38_143685_box7_Incident_Summaries_1-100
Agency: Department of War
Page 117
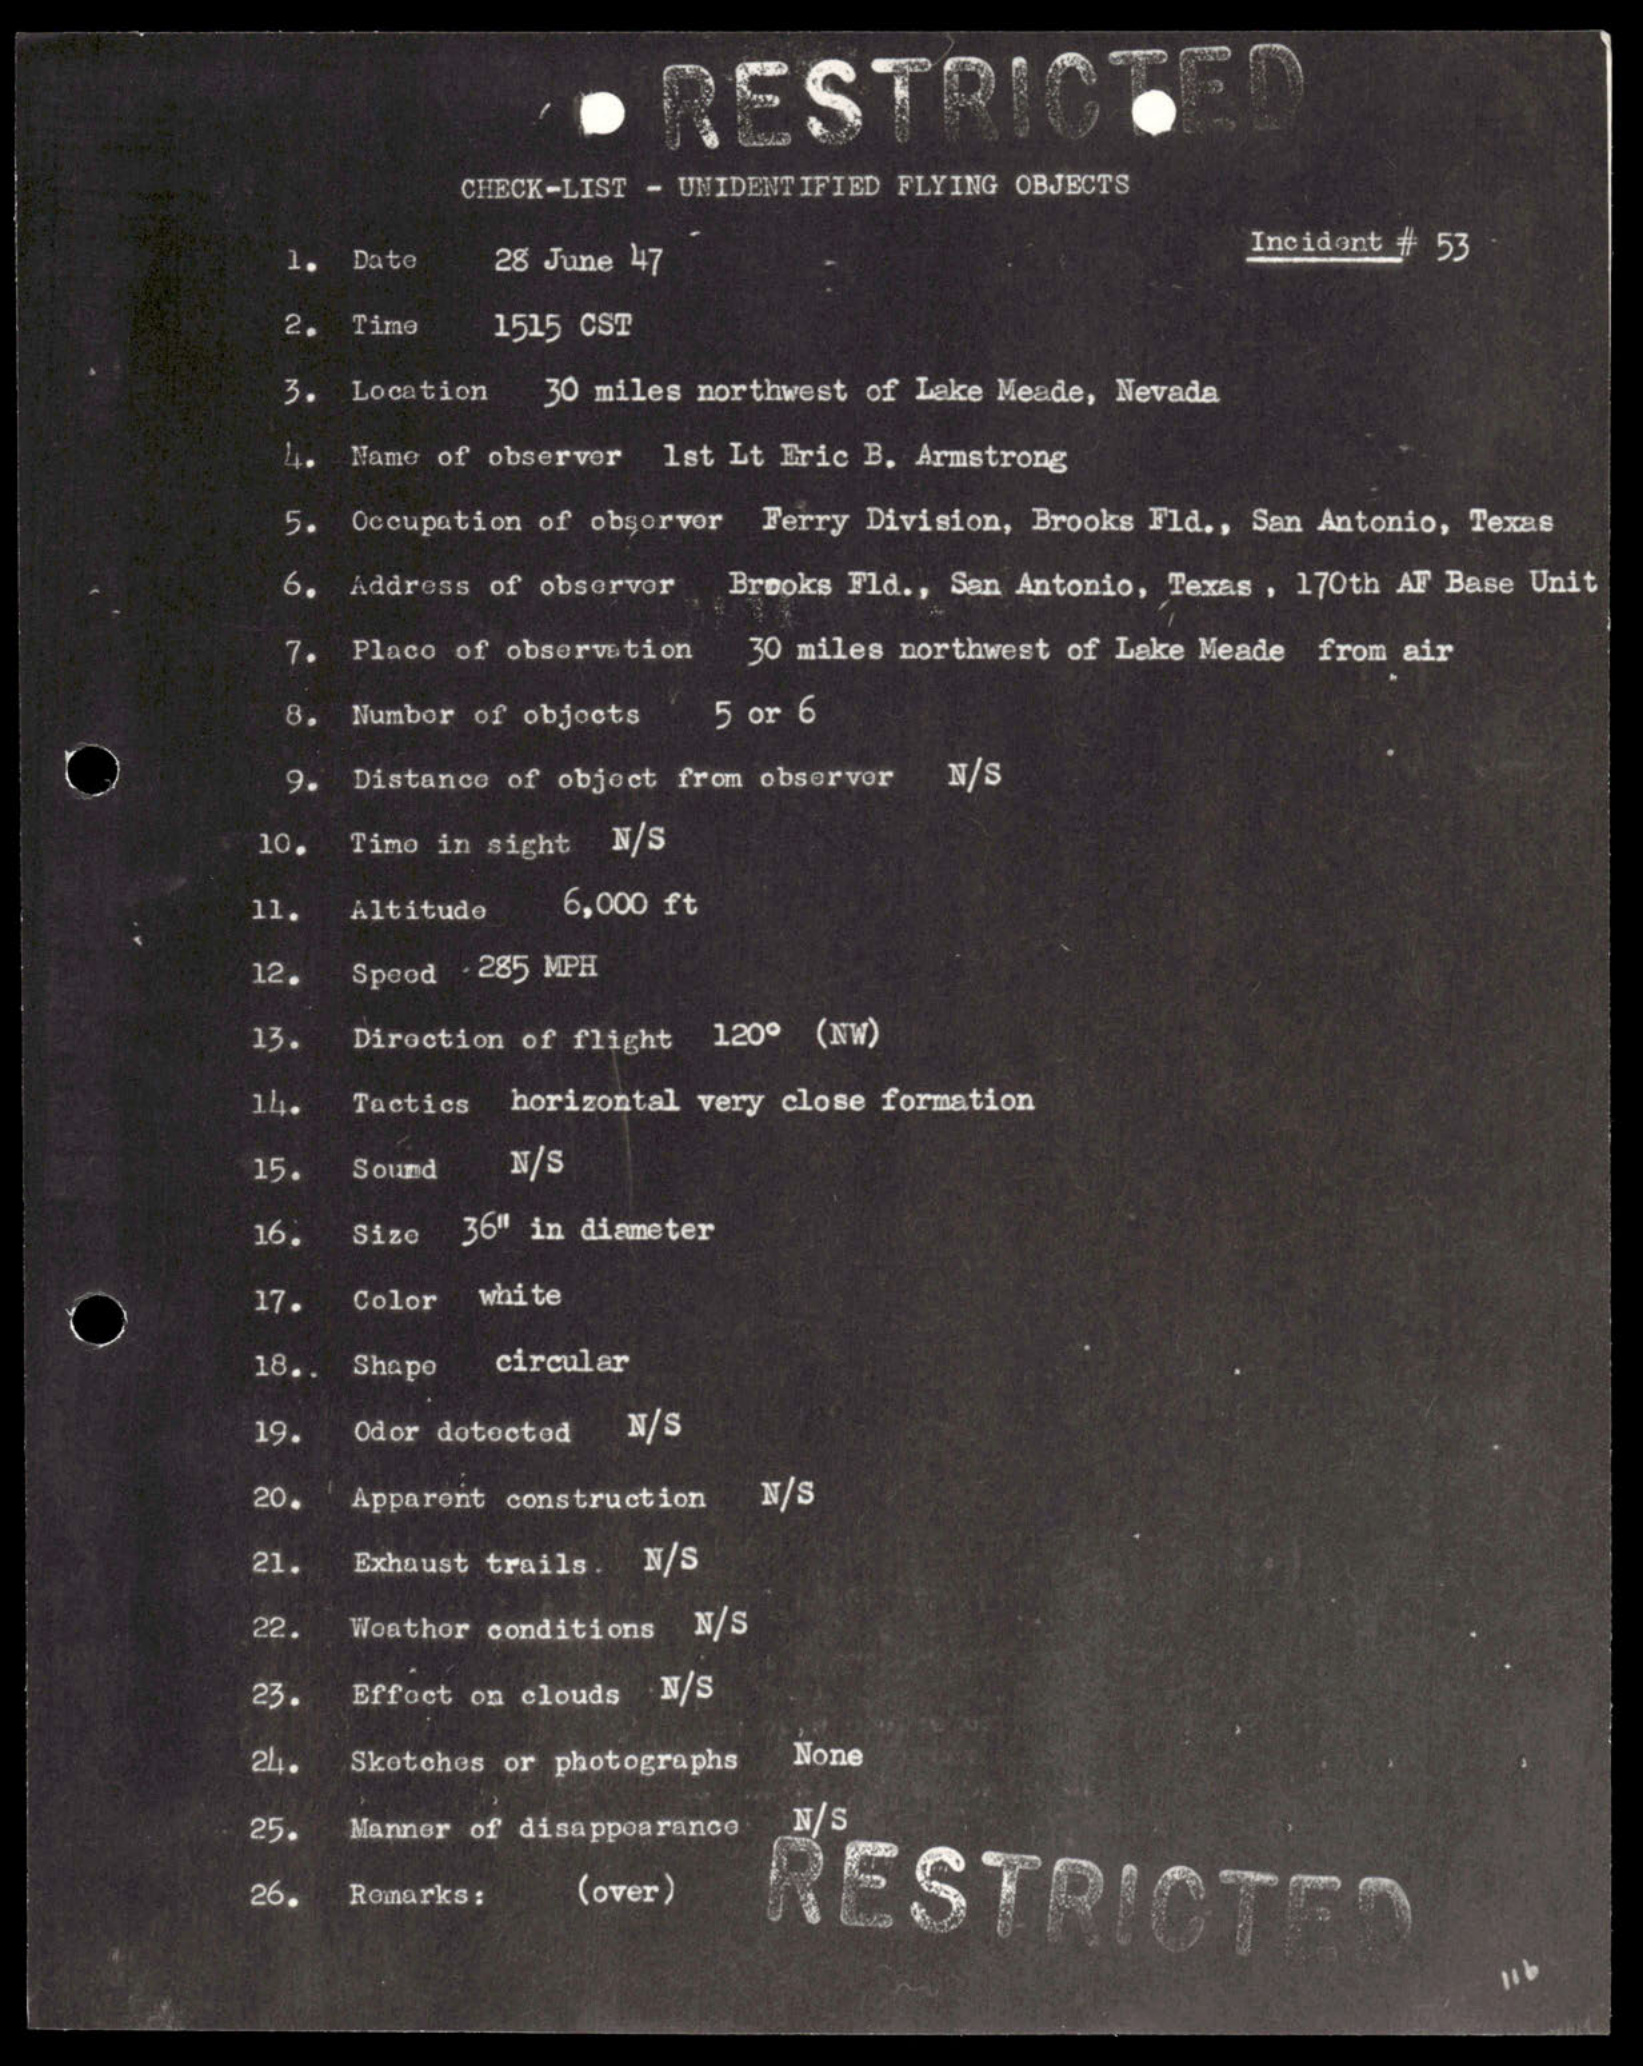